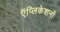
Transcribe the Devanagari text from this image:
ऍप्लिकेशनों